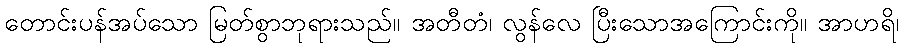
တောင်းပန်အပ်သော မြတ်စွာဘုရားသည်။ အတီတံ၊ လွန်လေ ပြီးသောအကြောင်းကို။ အာဟရိ၊